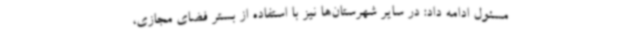
مسئول ادامه داد: در سایر شهرستان‌ها نیز با استفاده از بستر فضای مجازی،